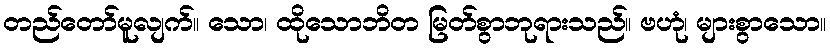
တည်တော်မူလျက်။ သော၊ ထိုသောဘိတ မြတ်စွာဘုရားသည်။ ဗဟုံ၊ များစွာသော။